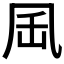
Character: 𠙄